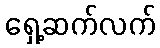
ရှေ့ဆက်လက်